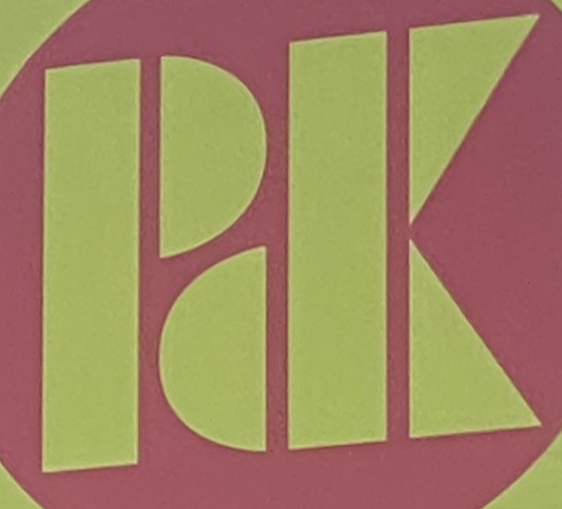
PDK